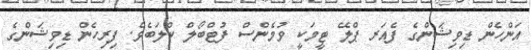
އަންހެން ޑިވިޝަންގެ ފެއަރ ޕްލޭ ޓީމަކީ ވުމެންސް ފުޓްބޯލް ކްލަބެވެ. ފިރިހެން ޑިވިޝަންގެ